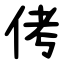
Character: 侤